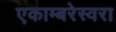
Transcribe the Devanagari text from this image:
एकाम्बरेस्वरा